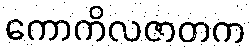
ကောကိလဇာတက